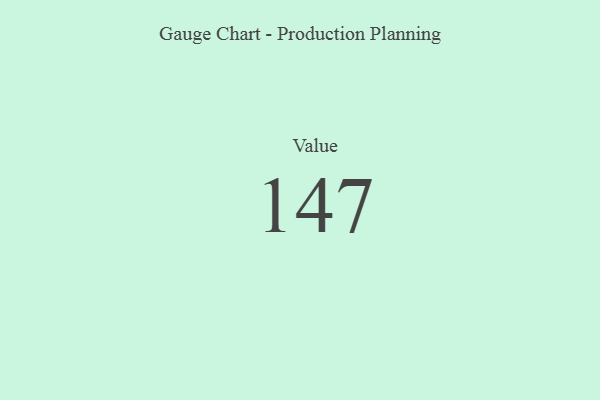
{"axis": {"x": "Metric", "y": "Value"}, "legend": [""], "data": [{"x": "Value", "y": 147, "type": ""}]}